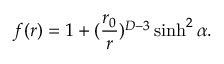
f ( r ) = 1 + ( { \frac { r _ { 0 } } { r } } ) ^ { D - 3 } \sinh ^ { 2 } \alpha .